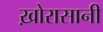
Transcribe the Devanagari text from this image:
ख़ोरासानी